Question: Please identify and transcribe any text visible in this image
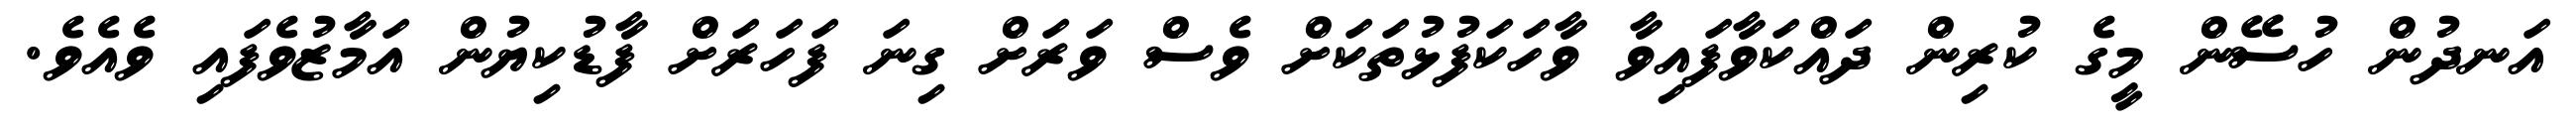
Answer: އަނދުން ހުސޭން މީގެ ކުރިން ދައްކަވާފައިވާ ވާހަކަފުޅުތަކަށް ވެސް ވަރަށް ގިނަ ފަހަރަށް ފާޑުކިޔުން އަމާޒުވެފައި ވެއެވެ.